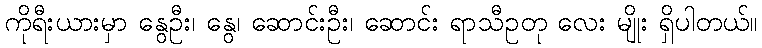
ကိုရီးယားမှာ နွေဦး၊ နွေ၊ ဆောင်းဦး၊ ဆောင်း ရာသီဥတု လေး မျိုး ရှိပါတယ်။